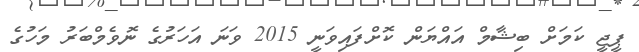
ޕީޖީ ކަމަށް ބިޝާމް އައްޔަން ކޮށްފައިވަނީ 2015 ވަނަ އަހަރުގެ ނޮވެމްބަރު މަހުގެ